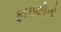
ફાઇલોનો